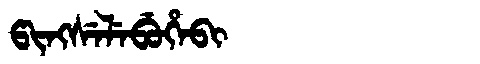
Manchu: ᡦᡳᠩᠰᡝᠯᡝᠪᡠᡥᡝᠪᡳ
Romanization: PINGSELEBUHEBI